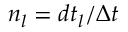
n _ { l } = d t _ { l } / \Delta t